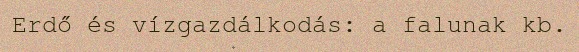
Erdő és vízgazdálkodás: a falunak kb.